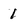
Character: 1